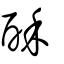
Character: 酥